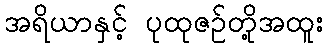
အရိယာနှင့် ပုထုဇဉ်တို့အထူး